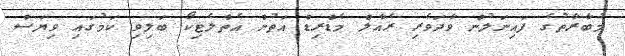
މުބާރާތުގެ ފައިނަލުން ވާދަވެރި ރެއާލް މެޑްރިޑް އަތުން އެތްލެޓިކޯ ބަލިވި ކަމުގައި ވިޔަސް